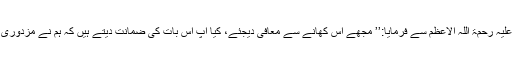
بالآ خر حضرت سیدنا سفیان ثوری علیہ رحمۃ اللہ القوی نے حضرت سیدنا ابراہیم بن ادہم علیہ رحمۃ اللہ الاعظم سے فرمایا:’’ مجھے اس کھانے سے معافی دیجئے، کیا آپ اس بات کی ضمانت دیتے ہیں کہ ہم نے مزدوری بالکل ٹھیک کی ہے اور جو رقم ہمیں ملی ہے اس میں کسی قسم کی ملاوٹ یا شبہ نہیں ؟